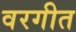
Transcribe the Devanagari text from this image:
वरगीत